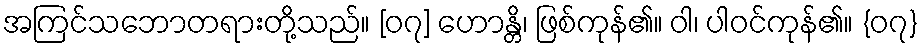
အကြင်သဘောတရားတို့သည်။ [၀၇] ဟောန္တိ၊ ဖြစ်ကုန်၏။ ဝါ၊ ပါဝင်ကုန်၏။ {၀၇}